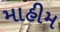
માહીમ